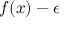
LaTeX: f ( x ) - \epsilon